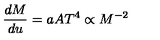
\frac { d M } { d u } = a A T ^ { 4 } \propto M ^ { - 2 }